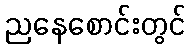
ညနေစောင်းတွင်